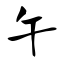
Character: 午